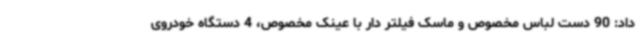
داد: 90 دست لباس مخصوص و ماسک فیلتر دار با عینک مخصوص، 4 دستگاه خودروی